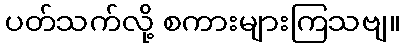
ပတ်သက်လို့ စကားများကြသဗျ။